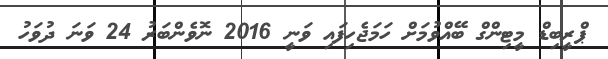
ޕްރީބިޑް މީޓިންގް ބޭއްވުމަށް ހަމަޖެހިފައި ވަނީ 2016 ނޮވެންބަރު 24 ވަނަ ދުވަހު